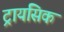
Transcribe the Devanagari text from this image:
ट्रायसिक